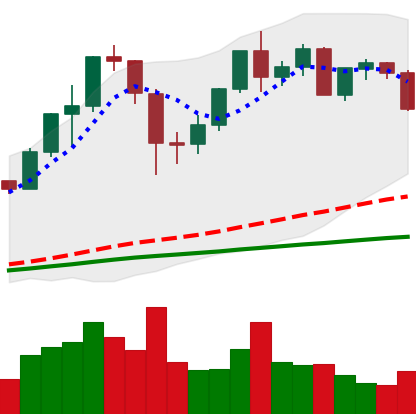
Ticker: ETH-USD
Chart end date: 2020-12-08
Forward return: 6.279%
Label: up_5_7